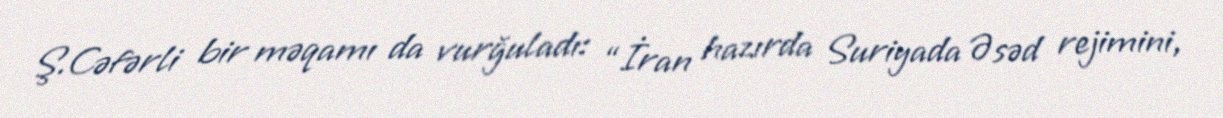
Ş.Cəfərli bir məqamı da vurğuladı: “İran hazırda Suriyada Əsəd rejimini,